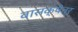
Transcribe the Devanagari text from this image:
वासक्षेत्र